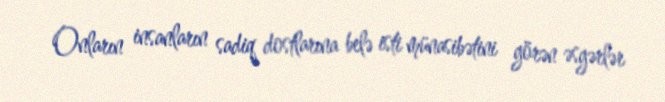
Onların insanların sadiq dostlarına belə isti münasibətini görən əsgərlər